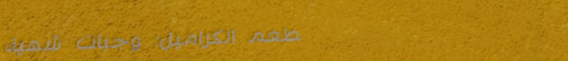
مطعم الكراميل: وجبات شهية